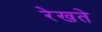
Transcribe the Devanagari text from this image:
रेखते